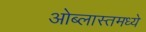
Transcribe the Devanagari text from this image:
ओब्लास्तमध्ये